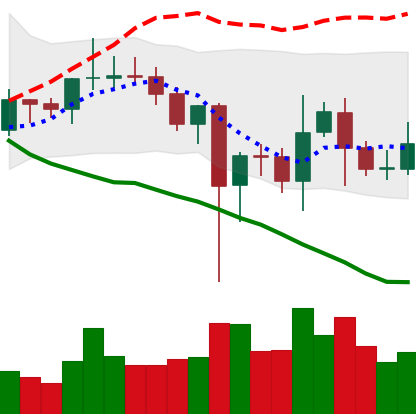
Ticker: LINK-USD
Chart end date: 2021-01-01
Forward return: 44.495%
Label: up_7plus